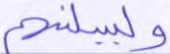
وليبدلنهم